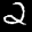
Label: 2